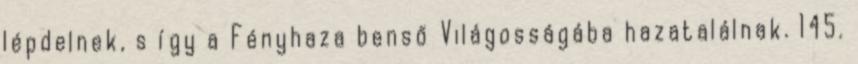
lépdelnek, s így a Fényhaza benső Világosságába hazatalálnak. 145.